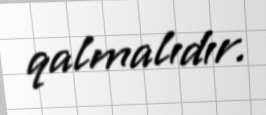
qalmalıdır.